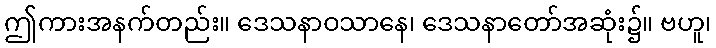
ဤကားအနက်တည်း။ ဒေသနာဝသာနေ၊ ဒေသနာတော်အဆုံး၌။ ဗဟူ၊